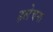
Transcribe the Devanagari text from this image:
हलेचना